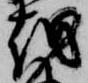
越